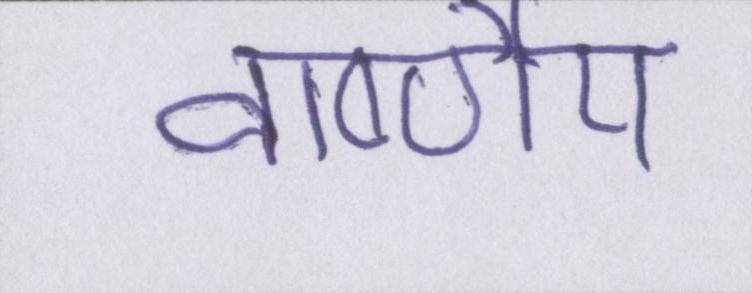
वार्ष्णेय